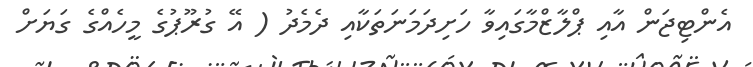
އެންޓިޖަން އާއި ޕްލާޒްމާގައިވާ ހަށިދަމަނަތަކާއި ދެމެދު ( އޭ ގުރޫޕުގެ މީހެއްގެ ގަޔަށް